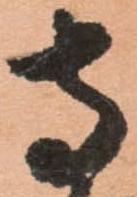
寺